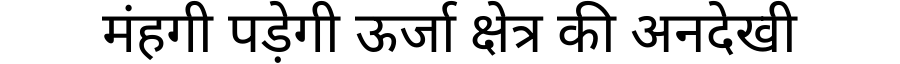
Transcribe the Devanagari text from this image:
मंहगी पड़ेगी ऊर्जा क्षेत्र की अनदेखी